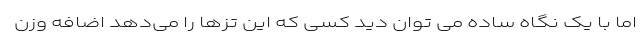
اما با یک نگاه ساده می توان دید کسی که این تزها را می‌دهد اضافه وزن